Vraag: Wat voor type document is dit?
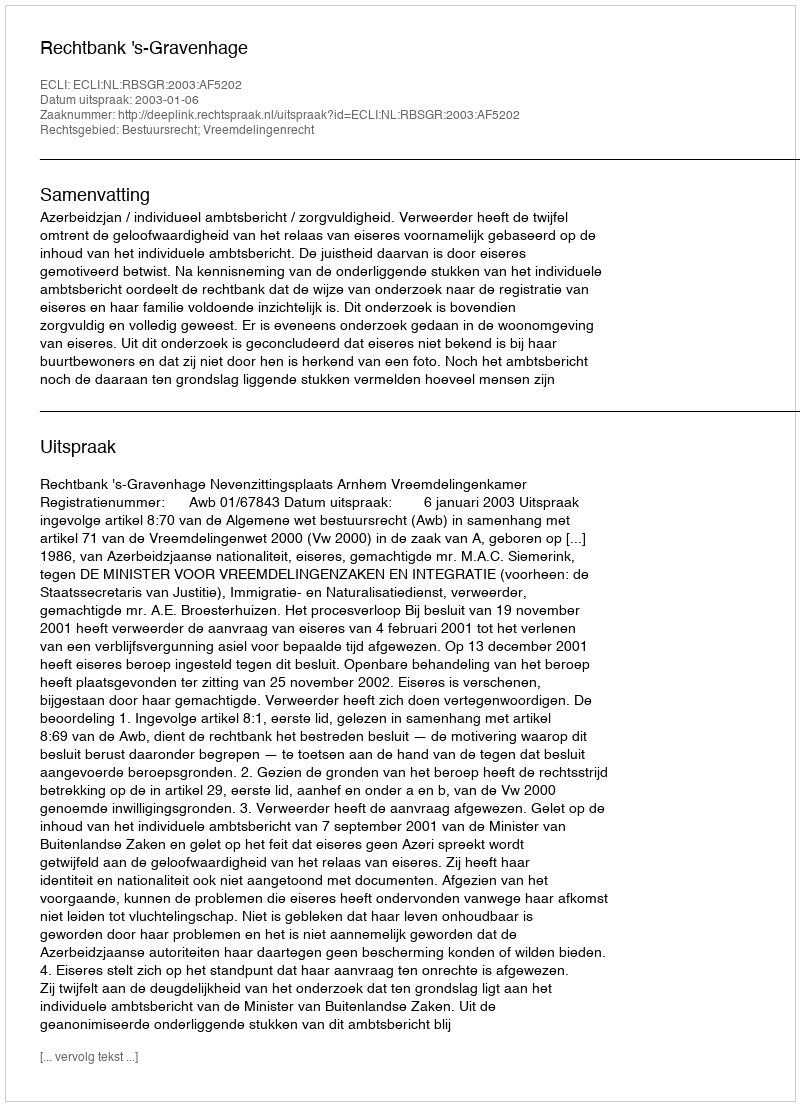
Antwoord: Uitspraak